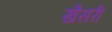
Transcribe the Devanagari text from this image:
खैसरी